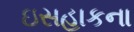
ઇસહાકના